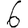
Digit: 6